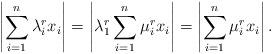
LaTeX: \begin{align*}\left|\sum_{i=1}^n \lambda_i^rx_i \right| = \left| \lambda_1^r\sum_{i=1}^n \mu_i^rx_i \right| = \left| \sum_{i=1}^n \mu_i^rx_i \right|.\end{align*}